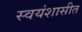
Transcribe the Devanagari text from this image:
स्वयंशासीत